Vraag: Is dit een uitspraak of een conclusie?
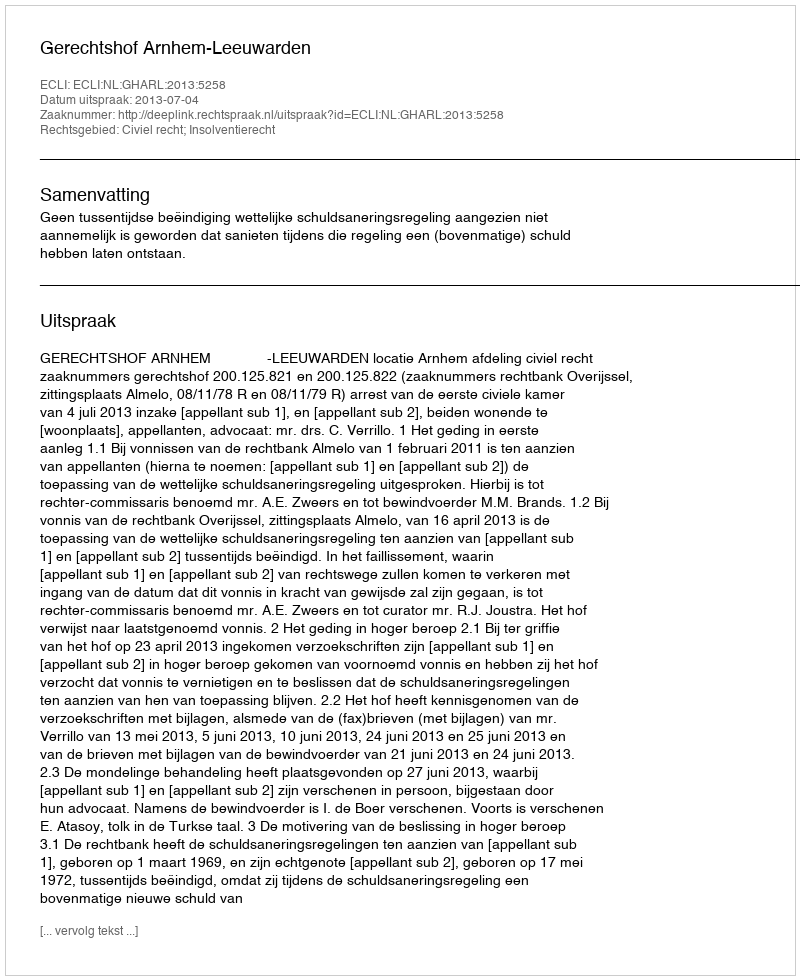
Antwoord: Uitspraak